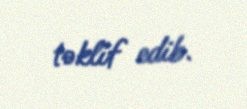
təklif edib.